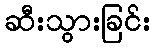
ဆီးသွားခြင်း